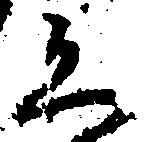
く